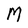
Character: M